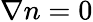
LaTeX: \nabla n=0